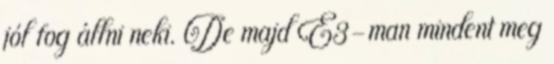
jól fog állni neki. De majd E3-man mindent meg